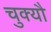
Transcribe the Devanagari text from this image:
चुक्यौ